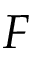
F